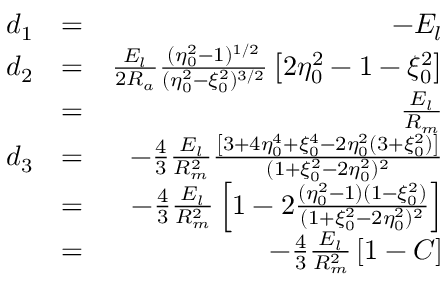
\begin{array} { r l r } { d _ { 1 } } & { = } & { - E _ { l } } \\ { d _ { 2 } } & { = } & { \frac { E _ { l } } { 2 R _ { a } } \frac { ( \eta _ { 0 } ^ { 2 } - 1 ) ^ { 1 / 2 } } { ( \eta _ { 0 } ^ { 2 } - \xi _ { 0 } ^ { 2 } ) ^ { 3 / 2 } } \left[ 2 \eta _ { 0 } ^ { 2 } - 1 - \xi _ { 0 } ^ { 2 } \right] } \\ & { = } & { \frac { E _ { l } } { R _ { m } } } \\ { d _ { 3 } } & { = } & { - \frac { 4 } { 3 } \frac { E _ { l } } { R _ { m } ^ { 2 } } \frac { \left[ 3 + 4 \eta _ { 0 } ^ { 4 } + \xi _ { 0 } ^ { 4 } - 2 \eta _ { 0 } ^ { 2 } ( 3 + \xi _ { 0 } ^ { 2 } ) \right] } { ( 1 + \xi _ { 0 } ^ { 2 } - 2 \eta _ { 0 } ^ { 2 } ) ^ { 2 } } } \\ & { = } & { - \frac { 4 } { 3 } \frac { E _ { l } } { R _ { m } ^ { 2 } } \left[ 1 - 2 \frac { ( \eta _ { 0 } ^ { 2 } - 1 ) ( 1 - \xi _ { 0 } ^ { 2 } ) } { ( 1 + \xi _ { 0 } ^ { 2 } - 2 \eta _ { 0 } ^ { 2 } ) ^ { 2 } } \right] } \\ & { = } & { - \frac { 4 } { 3 } \frac { E _ { l } } { R _ { m } ^ { 2 } } \left[ 1 - \cal { C } \right] } \end{array}